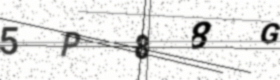
Text: 5P88G